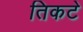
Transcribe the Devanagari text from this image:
तिकटे